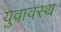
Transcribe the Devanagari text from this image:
युवावस्थ